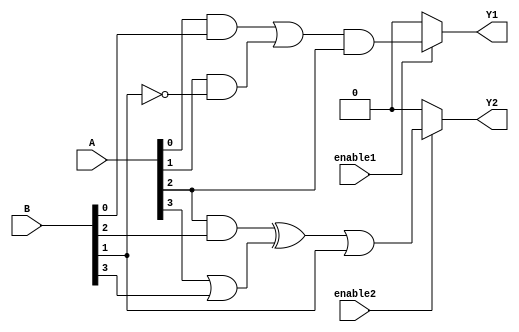
module combinational_logic (
    input wire [3:0] A,  // 4-bit input A
    input wire [3:0] B,  // 4-bit input B
    input wire enable1,   // Enable signal for output Y1
    input wire enable2,   // Enable signal for output Y2
    output wire Y1,       // Output Y1
    output wire Y2        // Output Y2
);

// Common Logic Block
wire common_logic1;
wire common_logic2;

assign common_logic1 = (A[0] & B[0]) | (A[1] & ~B[1]); // Example common logic expression
assign common_logic2 = (A[2] & B[2]) ^ (A[3] | B[3]); // Another example common logic expression

// Output Logic Blocks
assign Y1 = enable1 ? (common_logic1 & A[2]) : 1'b0; // Output Y1 based on shared logic and enable signal
assign Y2 = enable2 ? (common_logic2 | B[1]) : 1'b0; // Output Y2 based on shared logic and enable signal

endmodule